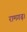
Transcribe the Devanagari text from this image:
रामगढ़।